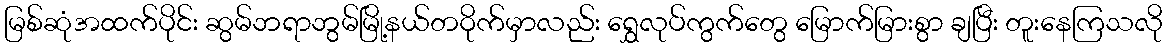
မြစ်ဆုံအထက်ပိုင်း ဆွမ်ဘရာဘွမ်မြို့နယ်တဝိုက်မှာလည်း ရွှေလုပ်ကွက်တွေ မြောက်မြားစွာ ချပြီး တူးနေကြသလို